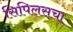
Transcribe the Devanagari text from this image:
सिपिलसचा